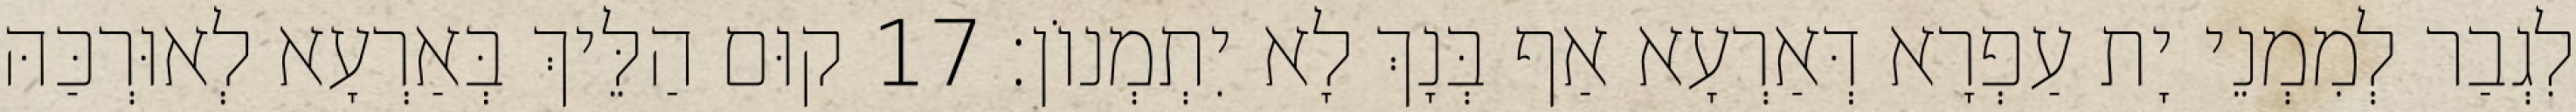
לִגְבַר לְמִמְנֵי יָת עַפְרָא דְּאַרְעָא אַף בְּנָךְ לָא יִתְמְנוֹן׃ 17 קוּם הַלֵּיךְ בְּאַרְעָא לְאוּרְכַּהּ